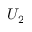
U _ { 2 }